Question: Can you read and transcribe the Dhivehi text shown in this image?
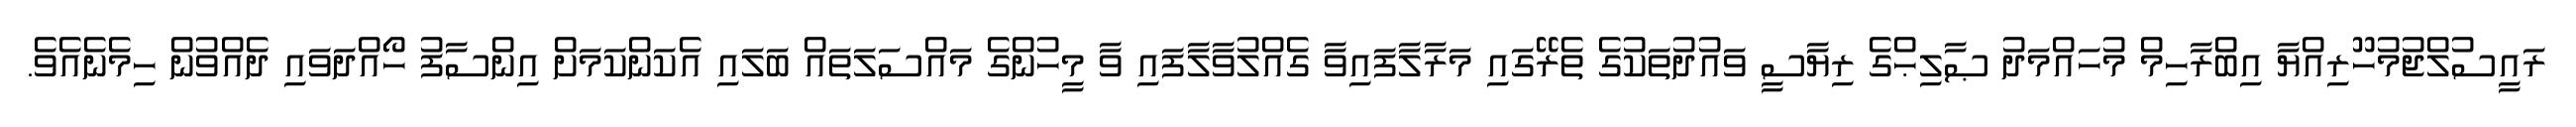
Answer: ރައީސުލްޖުމުހޫރިއްޔާ އިބްރާހިމް މުހައްމަދު ޞާލިޙްގެ ރިޔާސީ ވައުދުތަކުގެ ތެރޭގައި މަރާލާފައިވާ ގެއްލުވާލާފައި ވާ މީހުންގެ މައްސަލަތައް ބަލައި އެކަންކަމަށް އިންސާފު ހޯއްދަވައި ދެއްވުން ހިމެނެއެވެ.